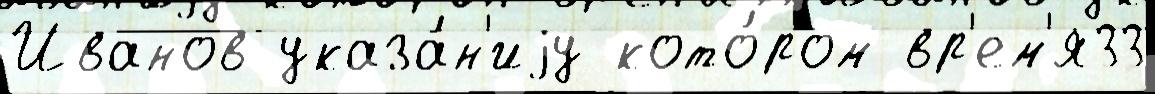
Иванов указа́н'иjу кото́ром вр'ем'я33